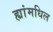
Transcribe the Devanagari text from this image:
ह्यांमधिल